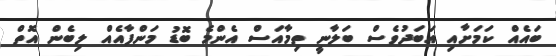
ބައެއް ކަމަށާއި އަބަދުވެސް ބަލާނީ ތިމާއަސް އެންމެ ބޮޑު މަންފާއެއް ލިބެން އޮތް